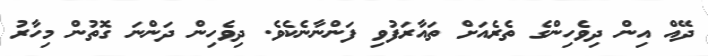
ދޭއް އިން ދިވެހިންގެ ތެރެއަށް ތައާރަފުވި ފަންނާނެކެވެ. ދިވެހިން ދަންނަ ގޮތުން މިހާރު